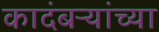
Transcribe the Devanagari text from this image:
कादंबऱ्यांच्या